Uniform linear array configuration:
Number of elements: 12
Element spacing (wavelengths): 0.25
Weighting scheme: blackman
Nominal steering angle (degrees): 15
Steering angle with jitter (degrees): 15.468
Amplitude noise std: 0.05
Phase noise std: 0.05

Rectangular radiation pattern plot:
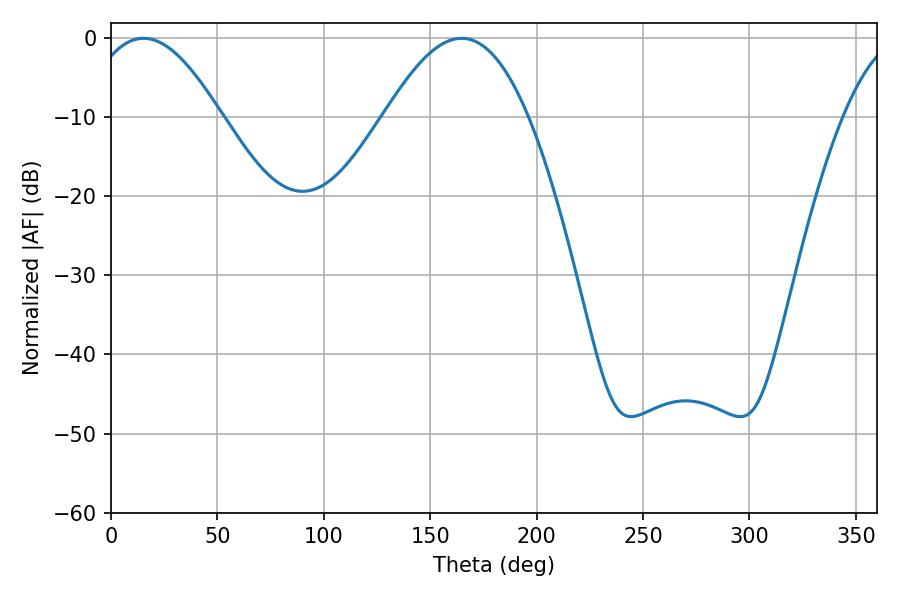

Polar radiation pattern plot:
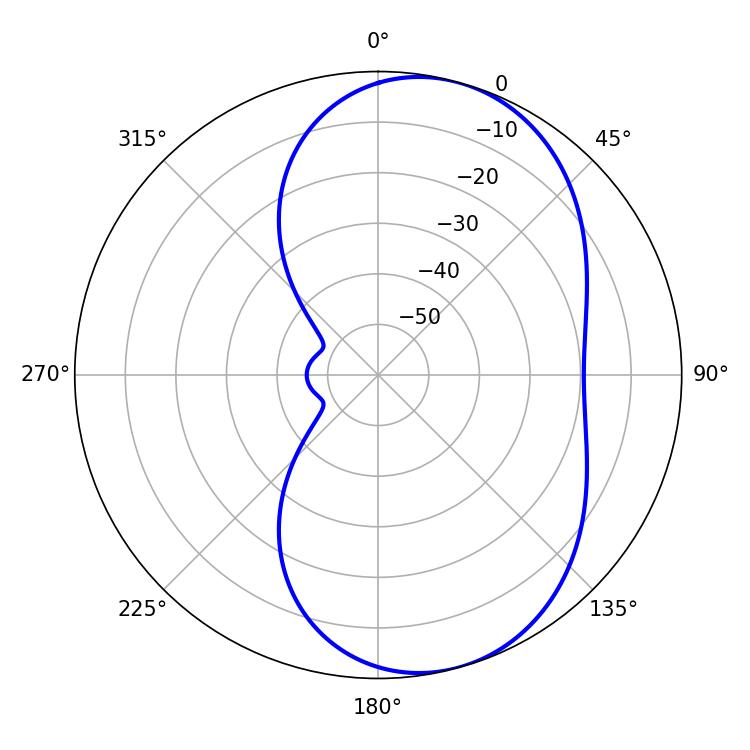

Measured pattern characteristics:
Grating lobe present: FALSE
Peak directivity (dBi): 6.912
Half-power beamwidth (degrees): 34.38
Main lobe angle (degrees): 15.3